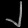
Digit: ၂